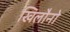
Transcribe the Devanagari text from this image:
खिलौनो